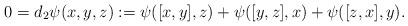
LaTeX: \begin{align*}0=d_2\psi(x,y,z):=\psi([x,y],z)+\psi([y,z],x)+\psi([z,x],y).\end{align*}